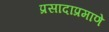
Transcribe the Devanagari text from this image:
प्रसादाप्रमाणे